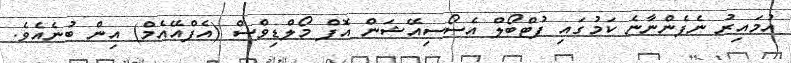
އުމައިރު ނެފެންނާނެ ކަމުގައި ފުޓްބޯލް އެސޯސިއޭޝަން އޮފް މޯލްޑިވްސް (އެފްއޭއެމް) އިން ބުނެއެވެ.